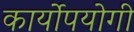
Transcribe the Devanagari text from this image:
कार्योपयोगी